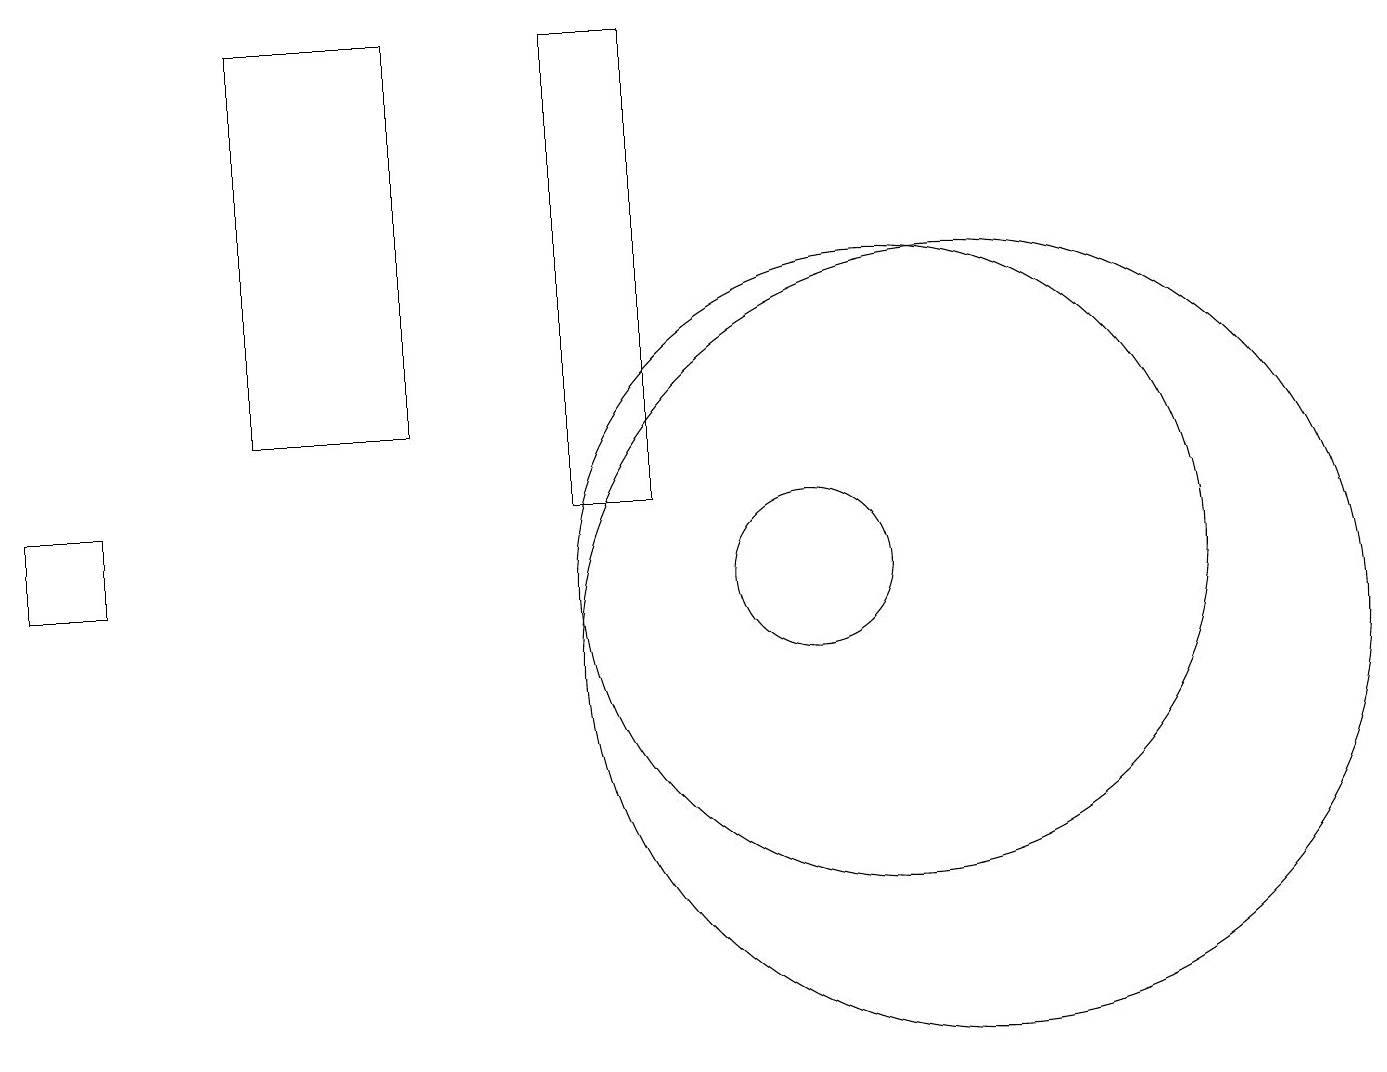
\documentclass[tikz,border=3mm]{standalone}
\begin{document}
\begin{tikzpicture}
\draw (10,12) circle (0);
\draw (10,11) circle (1);
\draw (3,13) rectangle (5,18);
\draw (11,11) circle (4);
\draw (7,12) rectangle (8,18);
\draw (12,10) circle (5);
\draw (0,12) rectangle (1,11);
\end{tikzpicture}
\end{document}